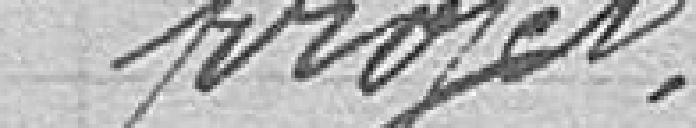
projet.